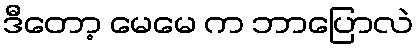
ဒီတော့ မေမေ က ဘာပြောလဲ